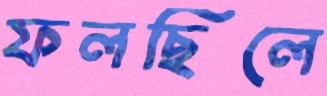
ফলছিলে